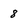
Character: 8